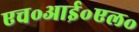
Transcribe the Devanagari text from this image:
एच॰आई॰एल॰